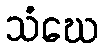
သံဃေ